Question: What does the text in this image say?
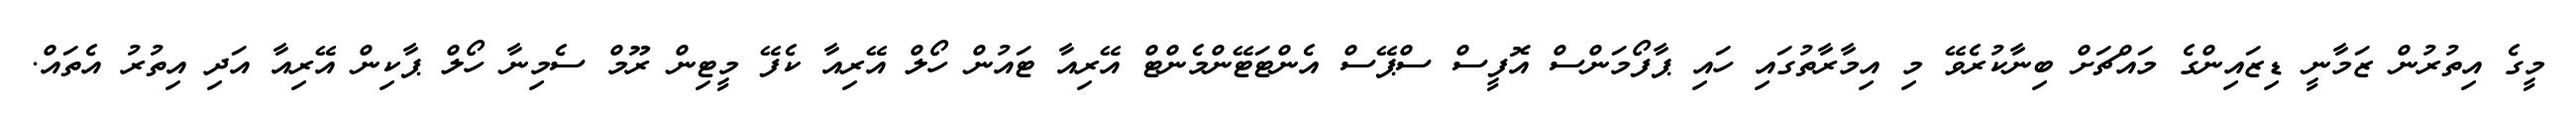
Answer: މީގެ އިތުރުން ޒަމާނީ ޑިޒައިންގެ މައްޗަށް ބިނާކުރެވޭ މި އިމާރާތުގައި ހައި ޕާފޯމަންސް އޮފީސް ސްޕޭސް އެންޓަޓޭންމެންޓް އޭރިއާ ޓައުން ހޯލް އޭރިއާ ކެފޭ މީޓިން ރޫމް ސެމިނާ ހޯލް ޕާކިން އޭރިއާ އަދި އިތުރު އެތައް.